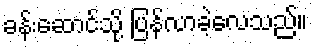
ခန်းဆောင်သို့ ပြန်လာခဲ့လေသည်။